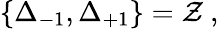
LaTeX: \{ \Delta_{-1},\Delta_{+1}\} =\mathcal{Z}\ ,